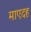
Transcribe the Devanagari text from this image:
माएदह